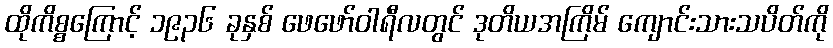
ထိုကိစ္စကြောင့် ၁၉၃၆ ခုနှစ် ဖေဖော်ဝါရီလတွင် ဒုတိယအကြိမ် ကျောင်းသားသပိတ်ကို